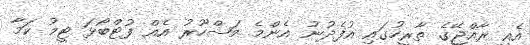
އެއީ ރާއްޖޭގެ ތާރީހުގައި އުފެދުނު އެންމެ މަޝްހޫރު އެއް ފުޓްބޯޅަ ޓީމު ކަމާ